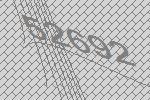
52692